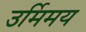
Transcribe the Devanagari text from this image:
उर्मिमय